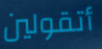
أتقولين